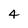
Character: 4